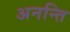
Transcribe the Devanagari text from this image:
अनन्ति